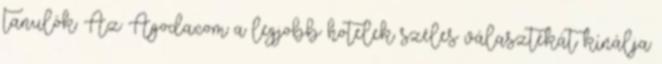
tanulók: Az Agoda.com a legjobb hotelek széles választékát kínálja